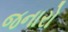
જનારો